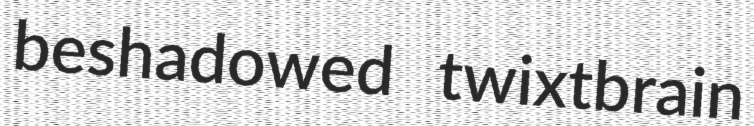
beshadowed twixtbrain